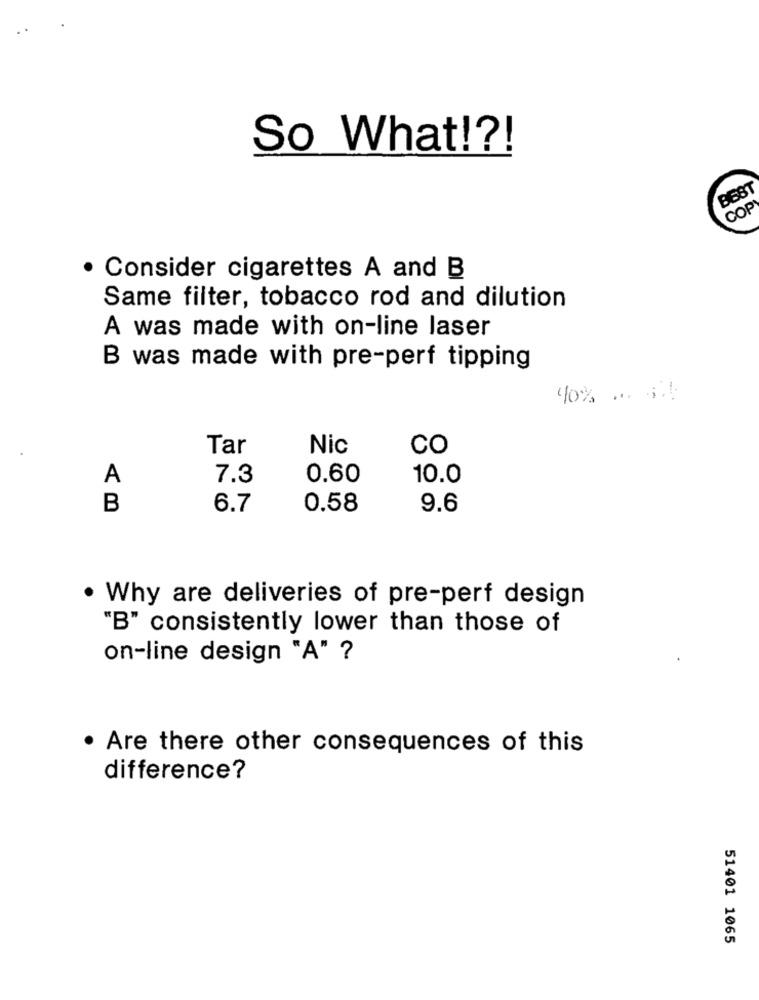
So What !?!
BEST
COP
Consider cigarettes A and B
Same filter, tobacco rod and dilution
A was made with on-line laser
B was made with pre-perf tipping
40% .. .
Tar
Nic
CO
A
7.3
0.60
10.0
B
6.7
0.58
9.6
. Why are deliveries of pre-perf design
"B" consistently lower than those of
on-line design "A" ?
. Are there other consequences of this
difference?
51401 1065